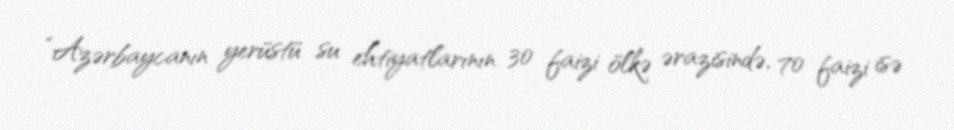
“Azərbaycanın yerüstü su ehtiyatlarının 30 faizi ölkə ərazisində, 70 faizi isə